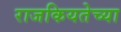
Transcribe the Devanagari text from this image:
राजकियतेच्या